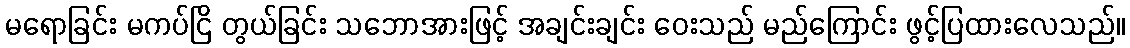
မရောခြင်း မကပ်ငြိ တွယ်ခြင်း သဘောအားဖြင့် အချင်းချင်း ဝေးသည် မည်ကြောင်း ဖွင့်ပြထားလေသည်။